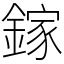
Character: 鎵